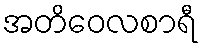
အတိဝေလစာရီ